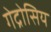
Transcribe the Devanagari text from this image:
गेद्रोसिय